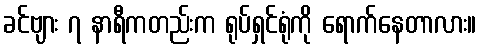
ခင်ဗျား ၇ နာရီကတည်းက ရုပ်ရှင်ရုံကို ရောက်နေတာလား။